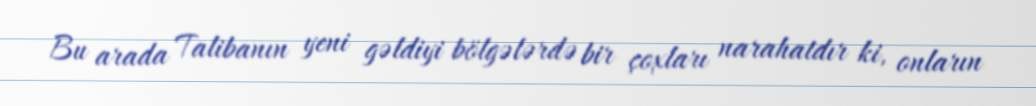
Bu arada Talibanın yeni gəldiyi bölgələrdə bir çoxları narahatdır ki, onların